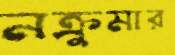
নক্রুমার